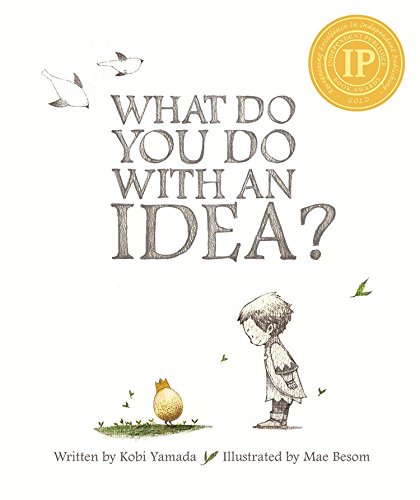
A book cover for What Do You Do With an Idea?; Kobi Yamada; Children's Books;